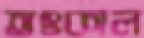
তৎকাল